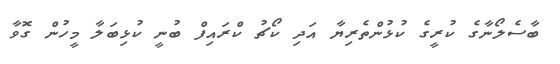
ބާސެލޯނާގެ ކުރީގެ ކުޅުންތެރިޔާ އަދި ކޯޗު ކްރައިފް ބުނީ ކުޅިބަލާ މީހުން ގޮވާ